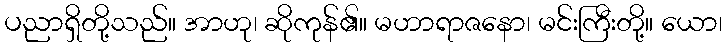
ပညာရှိတို့သည်။ အာဟု၊ ဆိုကုန်၏။ မဟာရာဇနော၊ မင်းကြီးတို့။ ယော၊